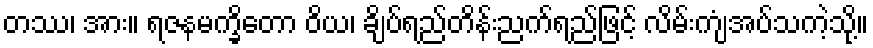
တဿ၊ အား။ ရဇနမက္ခိတော ဝိယ၊ ချိပ်ရည်တိန်းညက်ရည်ဖြင့် လိမ်းကျံအပ်သကဲ့သို့။